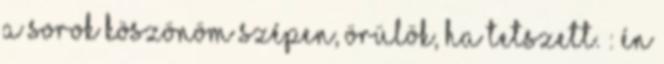
a sorok Köszönöm szépen, örülök, ha tetszett. : Én